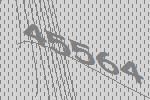
45564